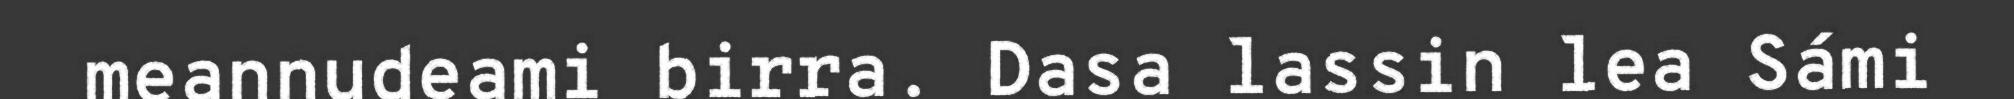
meannudeami birra. Dasa lassin lea Sámi